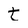
Character: t